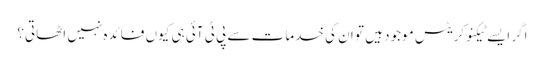
اگر ایسے ٹیکنوکریٹس موجود ہیں تو ان کی خدمات سے پی ٹی آئی ہی کیوں فائدہ نہیں اٹھاتی؟